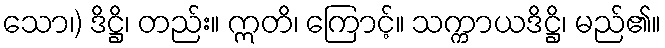
သော၊) ဒိဋ္ဌိ၊ တည်း။ ဣတိ၊ ကြောင့်။ သက္ကာယဒိဋ္ဌိ၊ မည်၏။